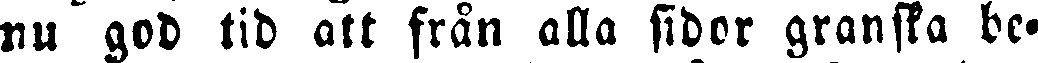
nu god tid att från alla sidor granska be-